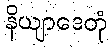
နိယျာဒေတုံ